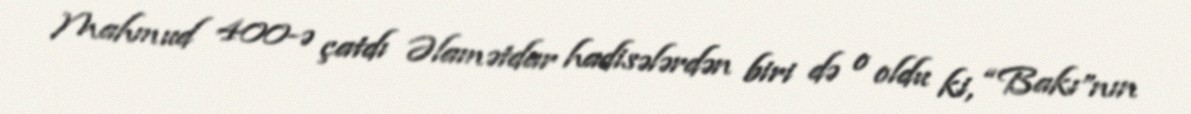
Mahmud 400-ə çatdı Əlamətdar hadisələrdən biri də o oldu ki, “Bakı”nın